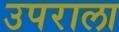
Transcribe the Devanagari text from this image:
उपराला